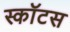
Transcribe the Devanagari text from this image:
स्काॅटस